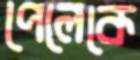
পেলেকে